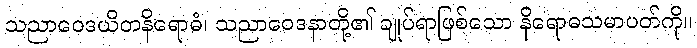
သညာဝေဒယိတနိရောဓံ၊ သညာဝေဒနာတို့၏ ချုပ်ရာဖြစ်သော နိရောဓသမာပတ်ကို။